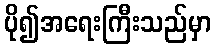
ပို၍အရေးကြီးသည်မှာ